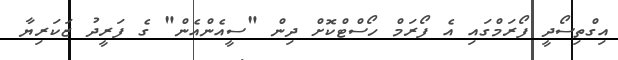
އިގްތިސޯދީ ފޯރަމްގައި އެ ފޯރަމް ހޯސްޓްކޮށް ދިން "ސީއެންއެން" ގެ ފަރީދު ޒަކަރިޔާ